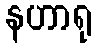
နဟာရု